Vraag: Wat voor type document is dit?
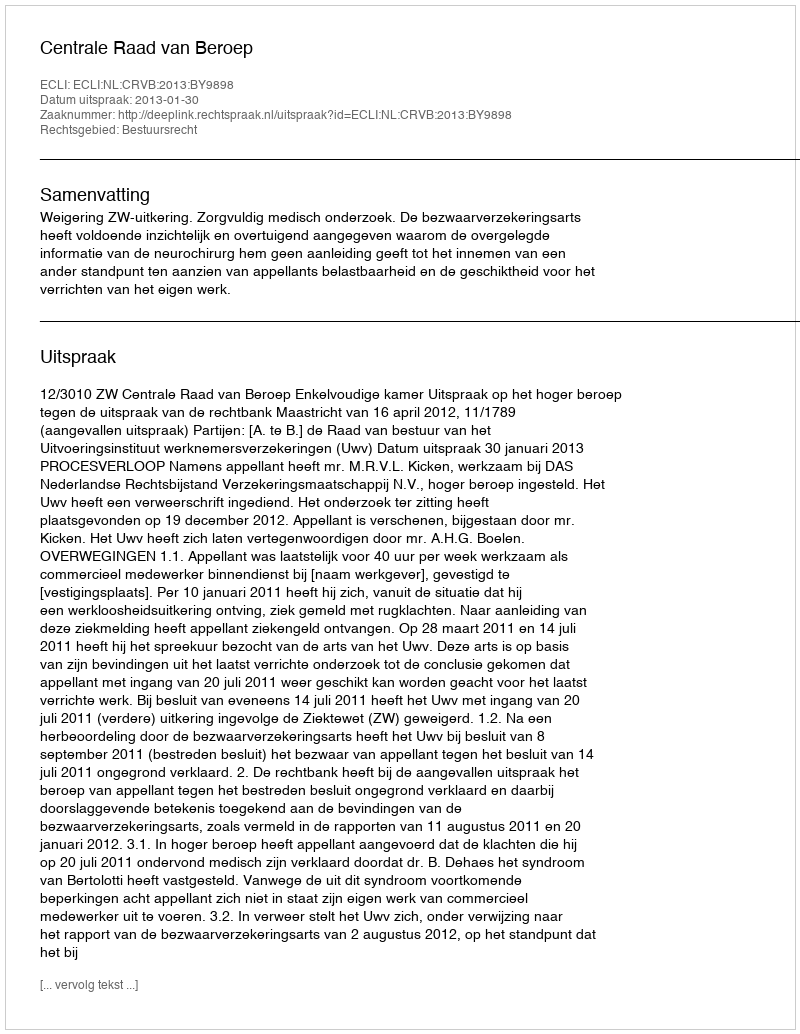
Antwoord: Uitspraak